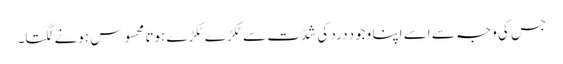
جس کی وجہ سے اسے اپنا وجود درد کی شدّت سے ٹکڑے ٹکڑے ہوتا محسوس ہونے لگتا۔